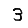
Digit: 3